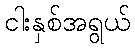
ငါးနှစ်အရွယ်